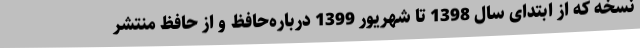
نسخه که از ابتدای سال 1398 تا شهریور 1399 درباره‌حافظ و از حافظ منتشر